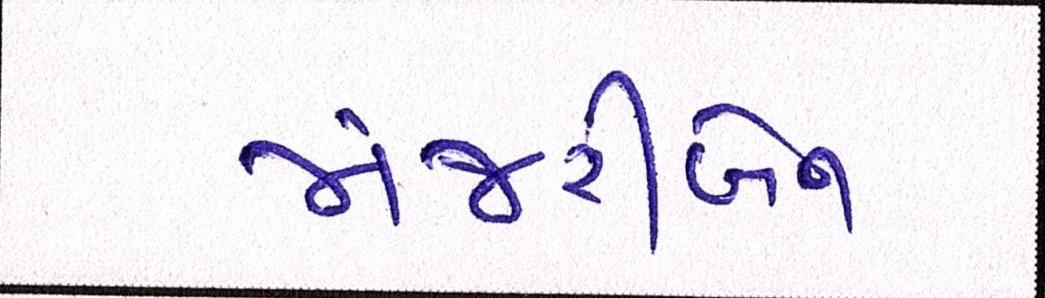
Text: મંજરીબેન